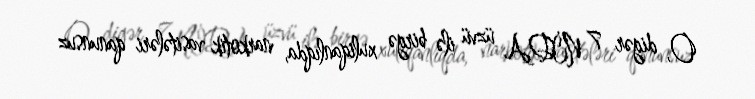
O, digər 7 NİDA üzvü ilə birgə xuliqanlıqda, narkotik vasitələri qanunsuz